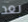
بعد